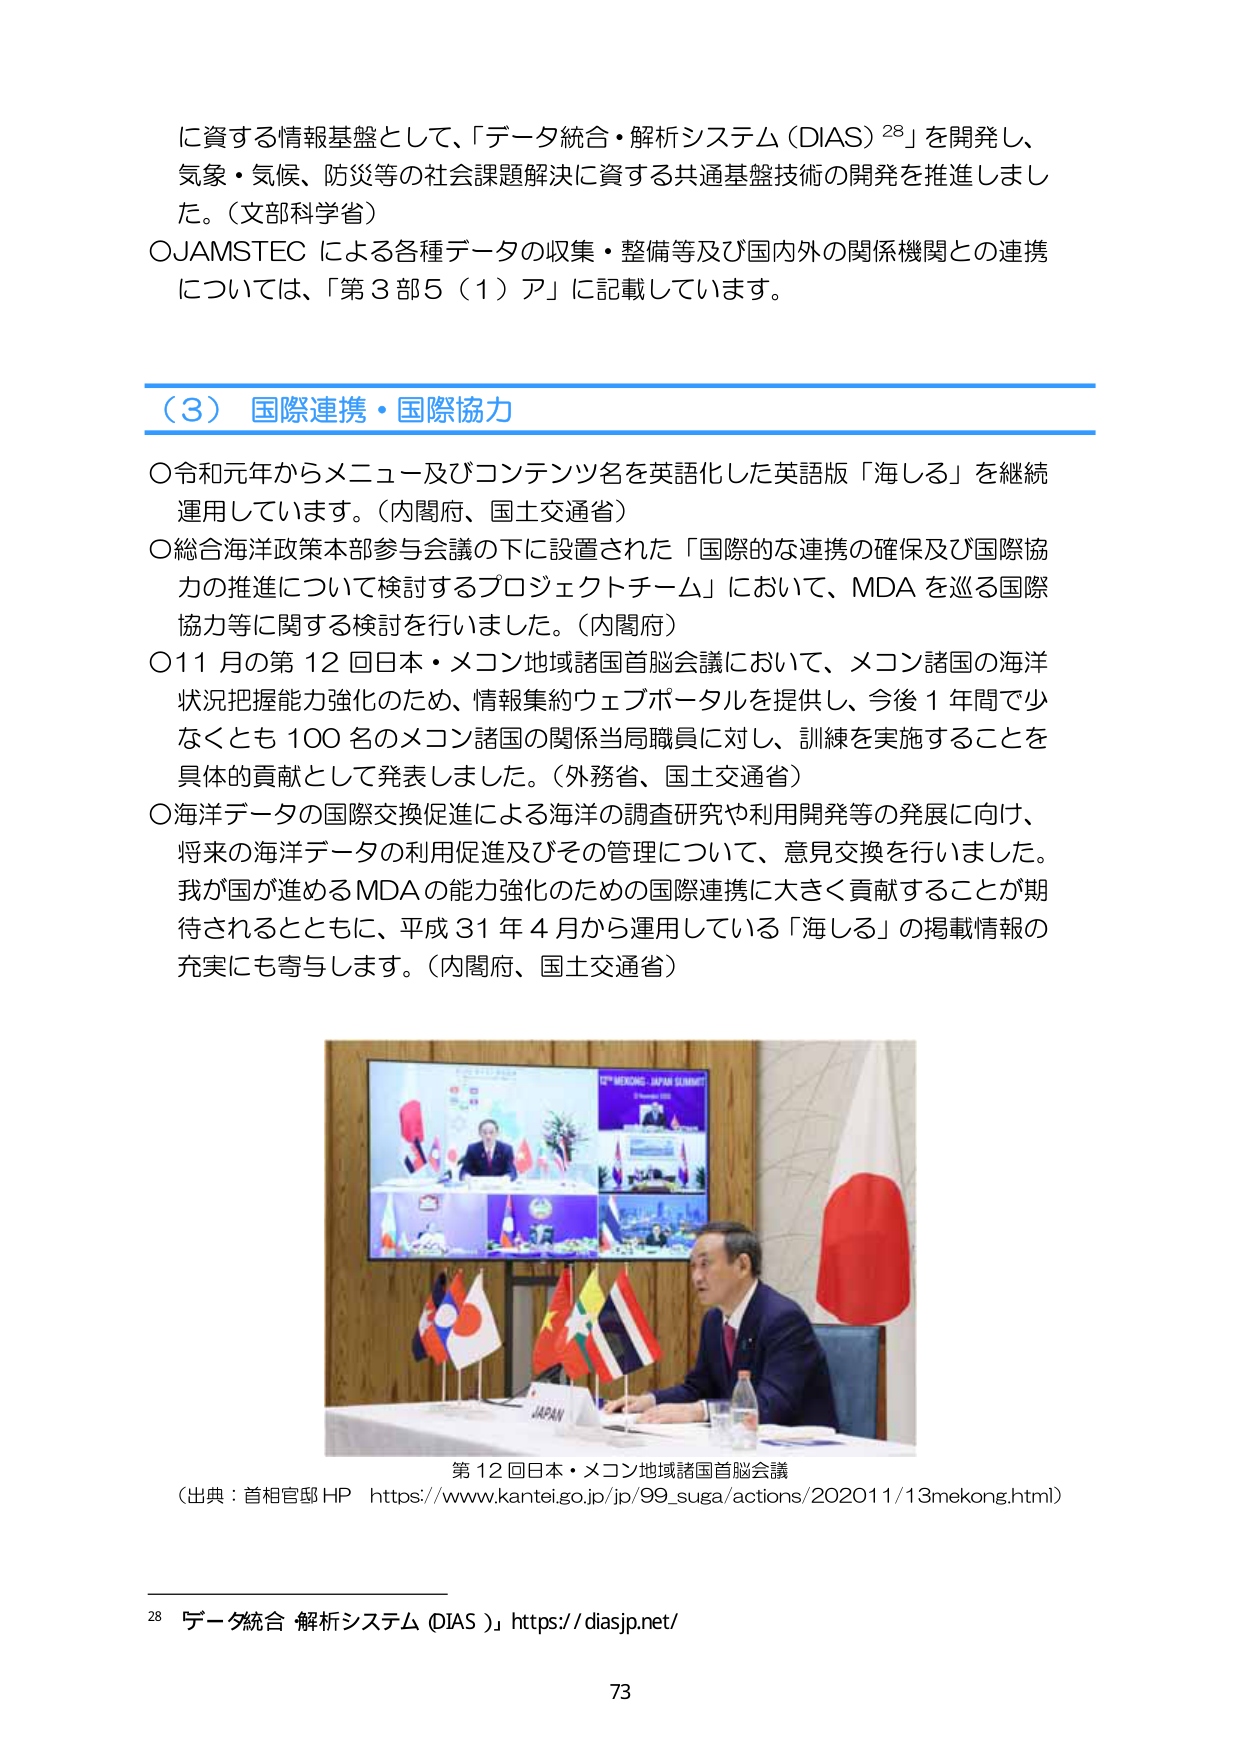
に資する情報基盤として、「データ統合・解析システム（DIAS）²⁸」を開発し、
気象・気候、防災等の社会課題解決に資する共通基盤技術の開発を推進しました。（文部科学省）
○JAMSTEC による各種データの収集・整備等及び国内外の関係機関との連携
については、「第３部５（１）ア」に記載しています。

（３） 国際連携・国際協力
○令和元年からメニュー及びコンテンツ名を英語化した英語版「海しる」を継続
運用しています。（内閣府、国土交通省）
○総合海洋政策本部参与会議の下に設置された「国際的な連携の確保及び国際協
力の推進について検討するプロジェクトチーム」において、MDA を巡る国際
協力等に関する検討を行いました。（内閣府）
○11 月の第 12 回日本・メコン地域諸国首脳会議において、メコン諸国の海洋
状況把握能力強化のため、情報集約ウェブポータルを提供し、今後 1 年間で少
なくとも 100 名のメコン諸国の関係当局職員に対し、訓練を実施することを
具体的貢献として発表しました。（外務省、国土交通省）
○海洋データの国際交換促進による海洋の調査研究や利用開発等の発展に向け、
将来の海洋データの利用促進及びその管理について、意見交換を行いました。
我が国が進めるMDAの能力強化のための国際連携に大きく貢献することが期
待されるとともに、平成 31 年 4 月から運用している「海しる」の掲載情報の
充実にも寄与します。（内閣府、国土交通省）

第 12 回日本・メコン地域諸国首脳会議
（出典：首相官邸 HP https://www.kantei.go.jp/jp/99_suga/actions/202011/13mekong.html）

²⁸ データ統合 解析システム（DIAS）」 https://diasjp.net/

73